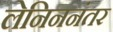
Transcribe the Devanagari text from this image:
लेनिननंतर